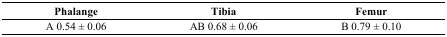
| Phalange | Tibia | Femur |
 | --- | --- | --- |
 | A 0.54 ± 0.06 | AB 0.68 ± 0.06 | B 0.79 ± 0.10 |